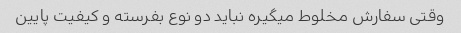
وقتی سفارش مخلوط میگیره نباید دو نوع بفرسته و کیفیت پایین